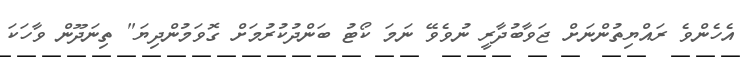
އެހެންވެ ރައްޔިތުންނަށް ޖަވާބުދާރީ ނުވެވޭ ނަމަ ކޯޓު ބަންދުކުރުމަށް ގޮވަމުންދިޔަ" ތިނަދޫން ވާހަކަ